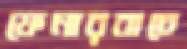
ফেনারবাচে